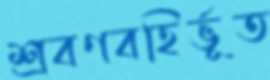
শ্রবণবহির্ভূত